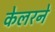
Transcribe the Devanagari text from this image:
केलरने